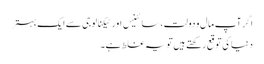
اگر آپ مال و دولت، سائینس اور ٹیکنالوجی سے ایک بہتر
دنیا کی توقع رکھتے ہیں تو یہ غلط ہے۔